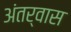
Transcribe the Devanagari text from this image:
अंतर्वास